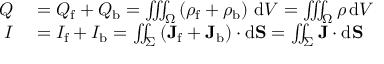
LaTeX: \begin{array} { r l } { Q } & { { } = Q _ { \mathrm { f } } + Q _ { \mathrm { b } } = \iiint _ { \Omega } \left( \rho _ { \mathrm { f } } + \rho _ { \mathrm { b } } \right) \, \mathrm { d } V = \iiint _ { \Omega } \rho \, \mathrm { d } V } \\ { I } & { { } = I _ { \mathrm { f } } + I _ { \mathrm { b } } = \iint _ { \Sigma } \left( \mathbf { J } _ { \mathrm { f } } + \mathbf { J } _ { \mathrm { b } } \right) \cdot \mathrm { d } \mathbf { S } = \iint _ { \Sigma } \mathbf { J } \cdot \mathrm { d } \mathbf { S } } \end{array}